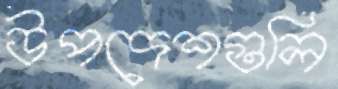
উপদেশগুলি